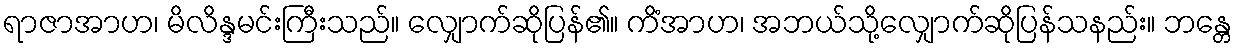
ရာဇာအာဟ၊ မိလိန္ဒမင်းကြီးသည်။ လျှောက်ဆိုပြန်၏။ ကိံအာဟ၊ အဘယ်သို့လျှောက်ဆိုပြန်သနည်း။ ဘန္တေ